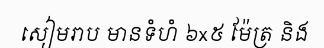
សៀមរាប មានទំហំ ៦x៥ ម៉ែត្រ និង